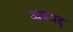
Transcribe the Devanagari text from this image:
अवग्रह्